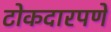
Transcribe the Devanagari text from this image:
टोकदारपणे